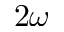
2 \omega